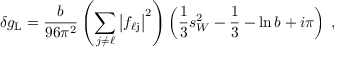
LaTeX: \delta g _ { \mathrm L } = \frac { b } { 9 6 \pi ^ { 2 } } \left( \sum _ { j \neq \ell } \left| f _ { \ell \mathrm j } \right| ^ { 2 } \right) \left( \frac { 1 } { 3 } s _ { W } ^ { 2 } - \frac { 1 } { 3 } - \ln b + i \pi \right) \; ,